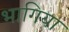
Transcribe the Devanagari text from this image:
भागिया